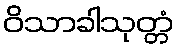
ဝိသာခါသုတ္တံ